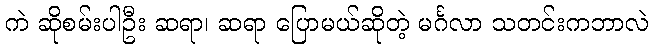
ကဲ ဆိုစမ်းပါဦး ဆရာ၊ ဆရာ ပြောမယ်ဆိုတဲ့ မင်္ဂလာ သတင်းကဘာလဲ